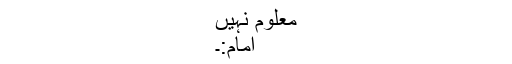
معلوم نہیں
امام:۔